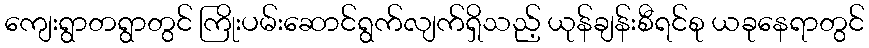
ကျေးရွာတရွာတွင် ကြိုးပမ်းဆောင်ရွက်လျက်ရှိသည့် ယုန်ချန်းစီရင်စု ယခုနေရာတွင်